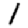
Digit: 1